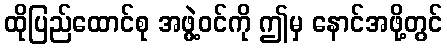
ထိုပြည်ထောင်စု အဖွဲ့ဝင်ကို ဤမှ နောင်အဖို့တွင်